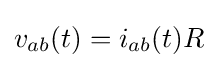
v_{ab}(t)=i_{ab}(t)R